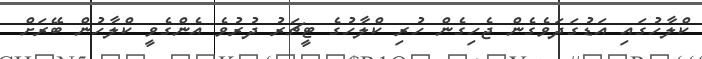
ކްލާހުގައި އަޑުގަދަވެގެން ޖެހިގެން ހުރި ކްލާހުގެ ޓީޗަރު ދުރުވެ އެންގެވީ ކްލާހުން ބޭރަށް